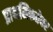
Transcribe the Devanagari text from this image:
प्राथमिकतेवर